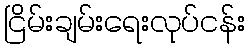
ငြိမ်းချမ်းရေးလုပ်ငန်း